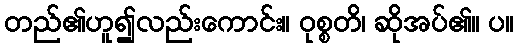
တည်၏ဟူ၍လည်းကောင်း။ ဝုစ္စတိ၊ ဆိုအပ်၏။ ပ။